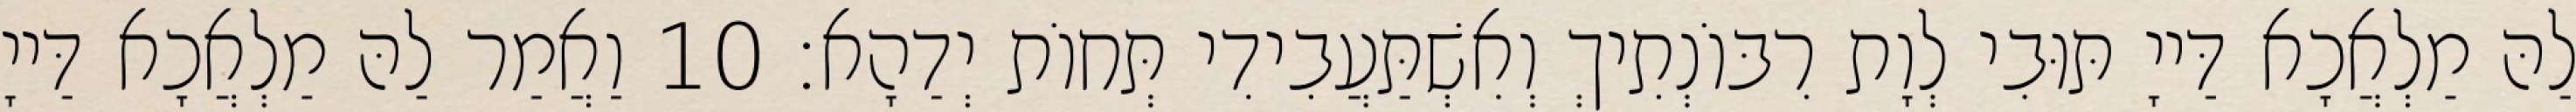
לַהּ מַלְאֲכָא דַּייָ תּוּבִי לְוָת רִבּוֹנְתִיךְ וְאִשְׁתַּעֲבִידִי תְּחוֹת יְדַהָא׃ 10 וַאֲמַר לַהּ מַלְאֲכָא דַּייָ